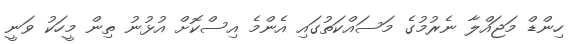
ހިންޑް މަޖައްލާ ނެރުމުގެ މަސައްކަތުގައި އެންމެ އިސްކޮށް އުޅުނު ތިން މީހަކު ވަނީ